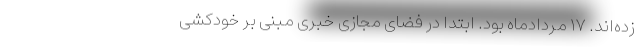
زده‌اند. ۱۷ مردادماه بود. ابتدا در فضای مجازی خبری مبنی بر خودکشی